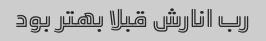
رب انارش قبلا بهتر بود